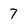
Character: 7